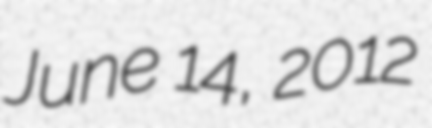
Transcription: June 14, 2012